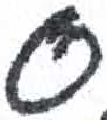
אות: ס